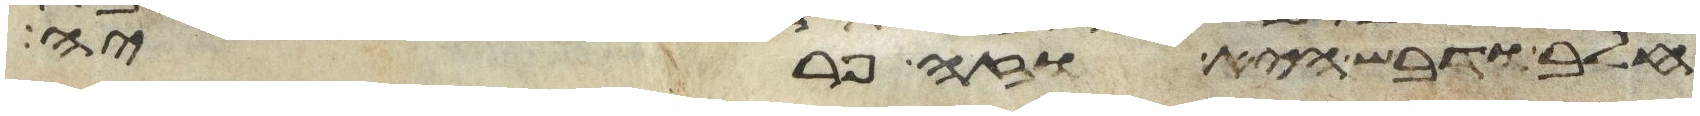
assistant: חלב ודבש היא וזה פריה